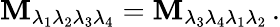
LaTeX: {\cal\mathbf{M}}_{\lambda_{1}\lambda_{2}\lambda_{3}\lambda_{4}}={\cal\mathbf{M}}_{\lambda_{3}\lambda_{4}\lambda_{1}\lambda_{2}}\, .